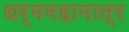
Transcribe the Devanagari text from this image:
धर्ममहामात्र